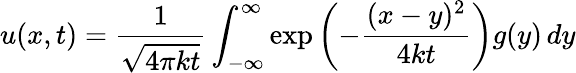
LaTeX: u(x,t)={\frac{1}{\sqrt{4\pi kt}}}\int_{-\infty}^{\infty}\exp\left(-{\frac{(x-y)^{2}}{4kt}}\right)g(y)\, dy